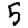
Digit: 5